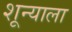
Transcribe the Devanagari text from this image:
शून्याला